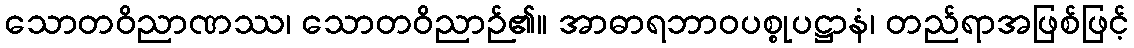
သောတဝိညာဏဿ၊ သောတဝိညာဉ်၏။ အာဓာရဘာဝပစ္စုပဋ္ဌာနံ၊ တည်ရာအဖြစ်ဖြင့်